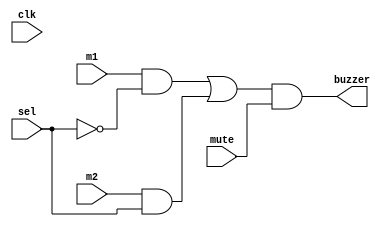
module selbuzzer (
	input clk,m1,m2,sel,mute,
	output buzzer
);
	assign buzzer = ((m1 & ~sel) | (m2 & sel)) & mute;
endmodule